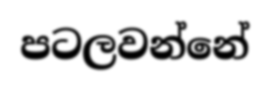
පටලවන්නේ